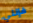
فإنني